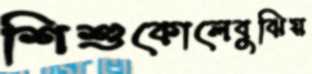
শিশুকোলেবুঝিয়